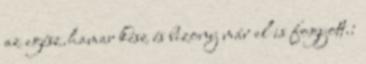
az egész.hamar kész és bizony már el is fogyott.: